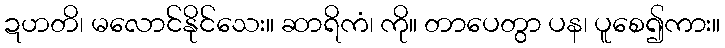
ဍဟတိ၊ မလောင်နိုင်သေး။ ဆာရိကံ၊ ကို။ တာပေတွာ ပန၊ ပူစေ၍ကား။